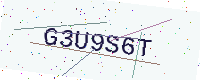
Text: G3U9S6T